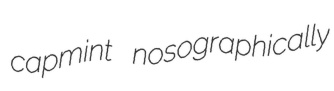
capmint nosographically